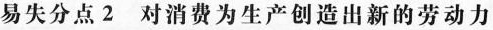
易失分点2 对消费为生产创造出新的劳动力